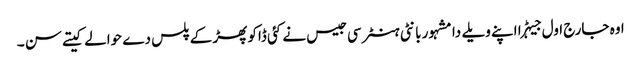
اوہ جارج اول جیہڑا اپنے ویلے دا مشہور بانٹی ہنٹر سی جیس نے کئی ڈاکو پھڑ کے پلس دے حوالے کیتے سن ۔